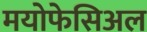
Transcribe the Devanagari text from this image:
मयोफेसिअल